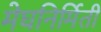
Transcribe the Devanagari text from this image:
मेघनिर्मिती